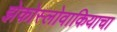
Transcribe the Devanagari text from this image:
झेकोस्लोवाकियाचा